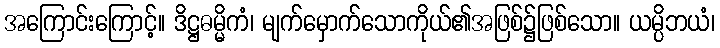
အကြောင်းကြောင့်။ ဒိဋ္ဌဓမ္မိကံ၊ မျက်မှောက်သောကိုယ်၏အဖြစ်၌ဖြစ်သော။ ယမ္ပိဘယံ၊